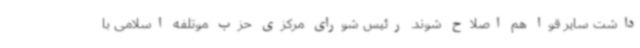
داشت سایر قوا هم اصلاح شوند. رئیس شورای مرکزی حزب موتلفه اسلامی با